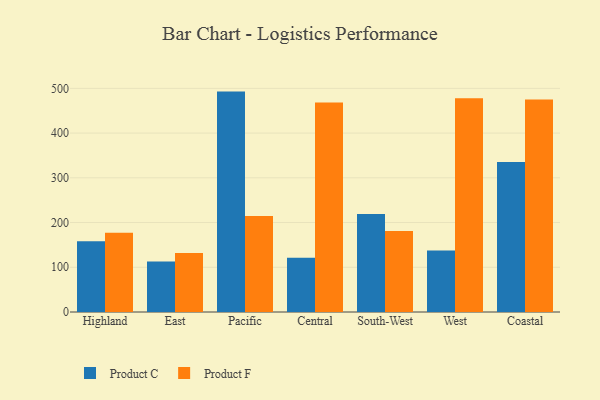
{"axis": {"x": "Region", "y": "Revenue (USD Million)"}, "legend": ["Product C", "Product F"], "data": [{"x": "Highland", "y": 158.0, "type": "Product C"}, {"x": "Highland", "y": 177.0, "type": "Product F"}, {"x": "East", "y": 112.9, "type": "Product C"}, {"x": "East", "y": 131.7, "type": "Product F"}, {"x": "Pacific", "y": 492.7, "type": "Product C"}, {"x": "Pacific", "y": 214.5, "type": "Product F"}, {"x": "Central", "y": 121.5, "type": "Product C"}, {"x": "Central", "y": 468.1, "type": "Product F"}, {"x": "South-West", "y": 219.0, "type": "Product C"}, {"x": "South-West", "y": 181.3, "type": "Product F"}, {"x": "West", "y": 137.4, "type": "Product C"}, {"x": "West", "y": 477.7, "type": "Product F"}, {"x": "Coastal", "y": 335.6, "type": "Product C"}, {"x": "Coastal", "y": 474.8, "type": "Product F"}]}